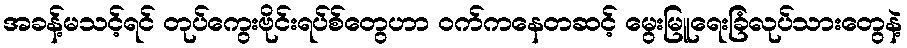
အခန့်မသင့်ရင် တုပ်ကွေးဗိုင်းရပ်စ်တွေဟာ ဝက်ကနေတဆင့် မွေးမြူရေးခြံလုပ်သားတွေနဲ့